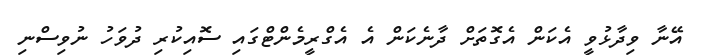
އޭނާ ވިދާޅުވީ އެކަން އެގޮތަށް ދާނެކަން އެ އެގްރީމެންޓްގައި ސޮއިކުރި ދުވަހު ނުވިސްނި